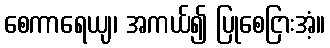
စေကာရေယျ၊ အကယ်၍ ပြုစေငြားအံ့။